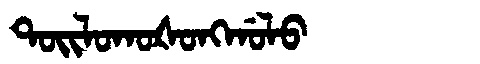
Manchu: ᡨᠣᡳᠯᠣᡴᠣᡧᠣᠩᡤᠣᠯᠣ
Romanization: TOILOKOŠONGGOLO